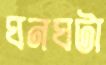
ঘনঘটা